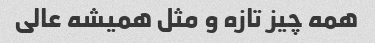
همه چیز تازه و مثل همیشه عالی